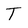
Character: T